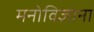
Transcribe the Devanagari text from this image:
मनोविज्ञाना